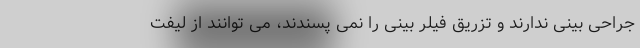
جراحی بینی ندارند و تزریق فیلر بینی را نمی پسندند، می توانند از لیفت